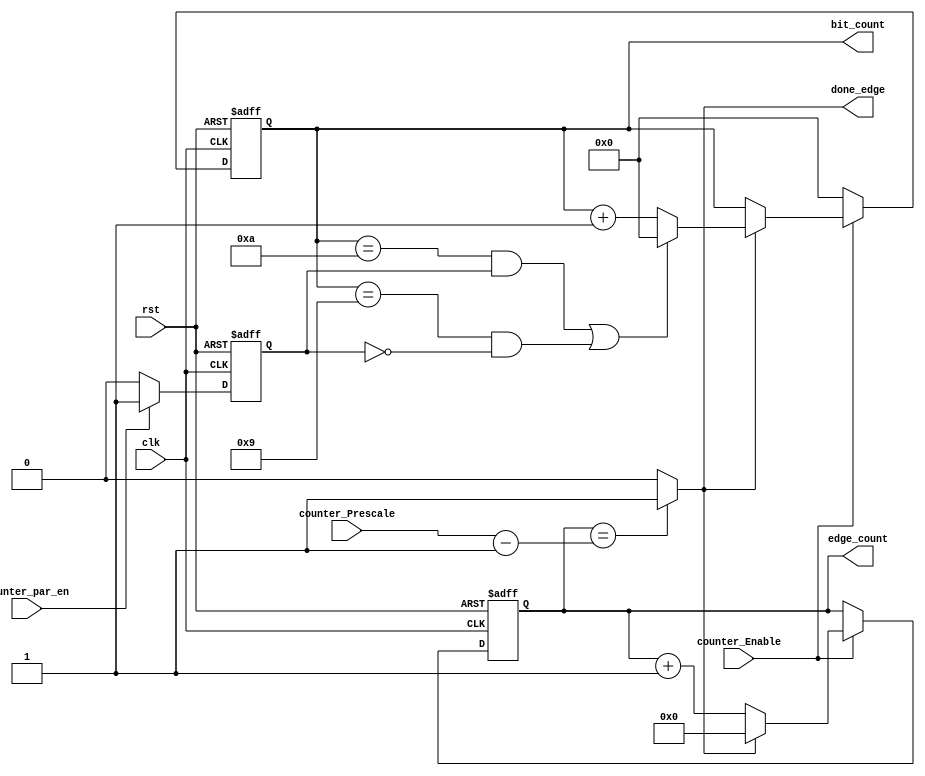
module UART_RX_edge_bit_counter(
    input  wire clk,rst,
    input  wire counter_Enable,
    input  wire counter_par_en,
    input  wire [5 : 0] counter_Prescale,
    output reg  done_edge,
    output reg  [3 : 0] bit_count,
    output reg  [4 : 0] edge_count
);

// To handle if we send 2 frames without gap one with parity and the other without parity
reg par_en;

// Count edges
always @(posedge clk or negedge rst) begin
    if(!rst) begin
        edge_count <= 1'b0;
    end
    else if(counter_Enable) begin
        if(done_edge) begin
            edge_count <= 'b0;
        end 
        else begin
            edge_count <= edge_count + 1'b1;
        end
    end
end

// Check if edge count is done or not
always @(*) begin
    if(edge_count == (counter_Prescale - 1'b1)) begin
        done_edge = 1'b1;
    end
    else begin
        done_edge = 1'b0;
    end
end

// Count bits
always @(posedge clk or negedge rst) begin
    if(!rst) begin
       bit_count  <= 'b0; 
    end
    else if(counter_Enable) begin
        if(done_edge) begin
            if( (bit_count == 'b1010 && par_en) || (bit_count == 'b1001 && !par_en) ) begin
                bit_count <= 'b0;
            end
            else begin
                bit_count <= bit_count + 1'b1;
            end
        end
    end
    else begin
        bit_count <= 'b0;
    end
end

// To handle if we send 2 frames without gap one with parity and the other without parity
always @(posedge clk or negedge rst) begin
    if(!rst) begin
       par_en <= 1'b0; 
    end
    else if(counter_par_en) begin
        par_en <= 1'b1;
        end
    else begin
        par_en <= 1'b0;
    end
end
    
endmodule